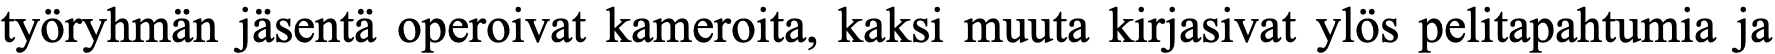
työryhmän jäsentä operoivat kameroita, kaksi muuta kirjasivat ylös pelitapahtumia ja